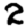
Digit: 2